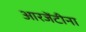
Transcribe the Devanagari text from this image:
आरजेंटीना